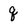
Character: q